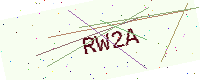
Text: RW2A